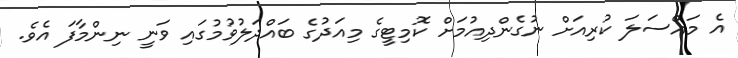
އެ މައްސަލަ ކުރިއަށް ނުގެންދިއުމަށް ކޮމިޓީގެ މިއަދުގެ ބައްދަލުވުމުގައި ވަނީ ނިންމާފަ އެވެ.